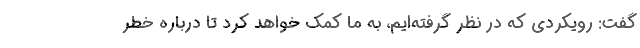
گفت: رویکردی که در نظر گرفته‌ایم، به ما کمک خواهد کرد تا درباره خطر